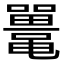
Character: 鼍